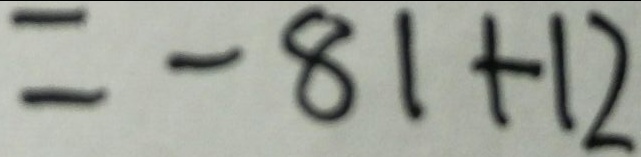
= - 8 1 + 1 2